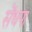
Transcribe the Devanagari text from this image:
सेंधपा